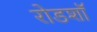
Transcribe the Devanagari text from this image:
रोडशाॅ